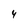
Character: 4